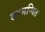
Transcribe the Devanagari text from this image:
लाभन्वित